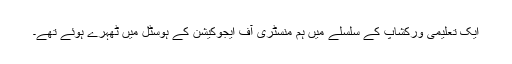
ایک تعلیمی ورکشاپ کے سلسلے میں ہم منسٹری آف ایجوکیشن کے ہوسٹل میں ٹھہرے ہوئے تھے۔